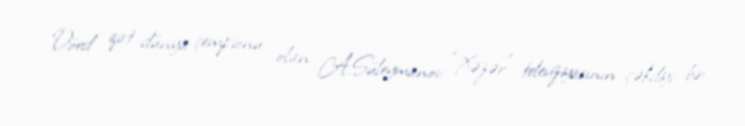
Dörd qat dünya çempionu olan A.Süleymanov “Xəzər” televiziyasının çəkdiyi bir